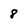
Character: 8